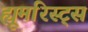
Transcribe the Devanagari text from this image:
ह्यूमरिस्ट्स